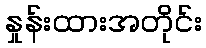
နှုန်းထားအတိုင်း